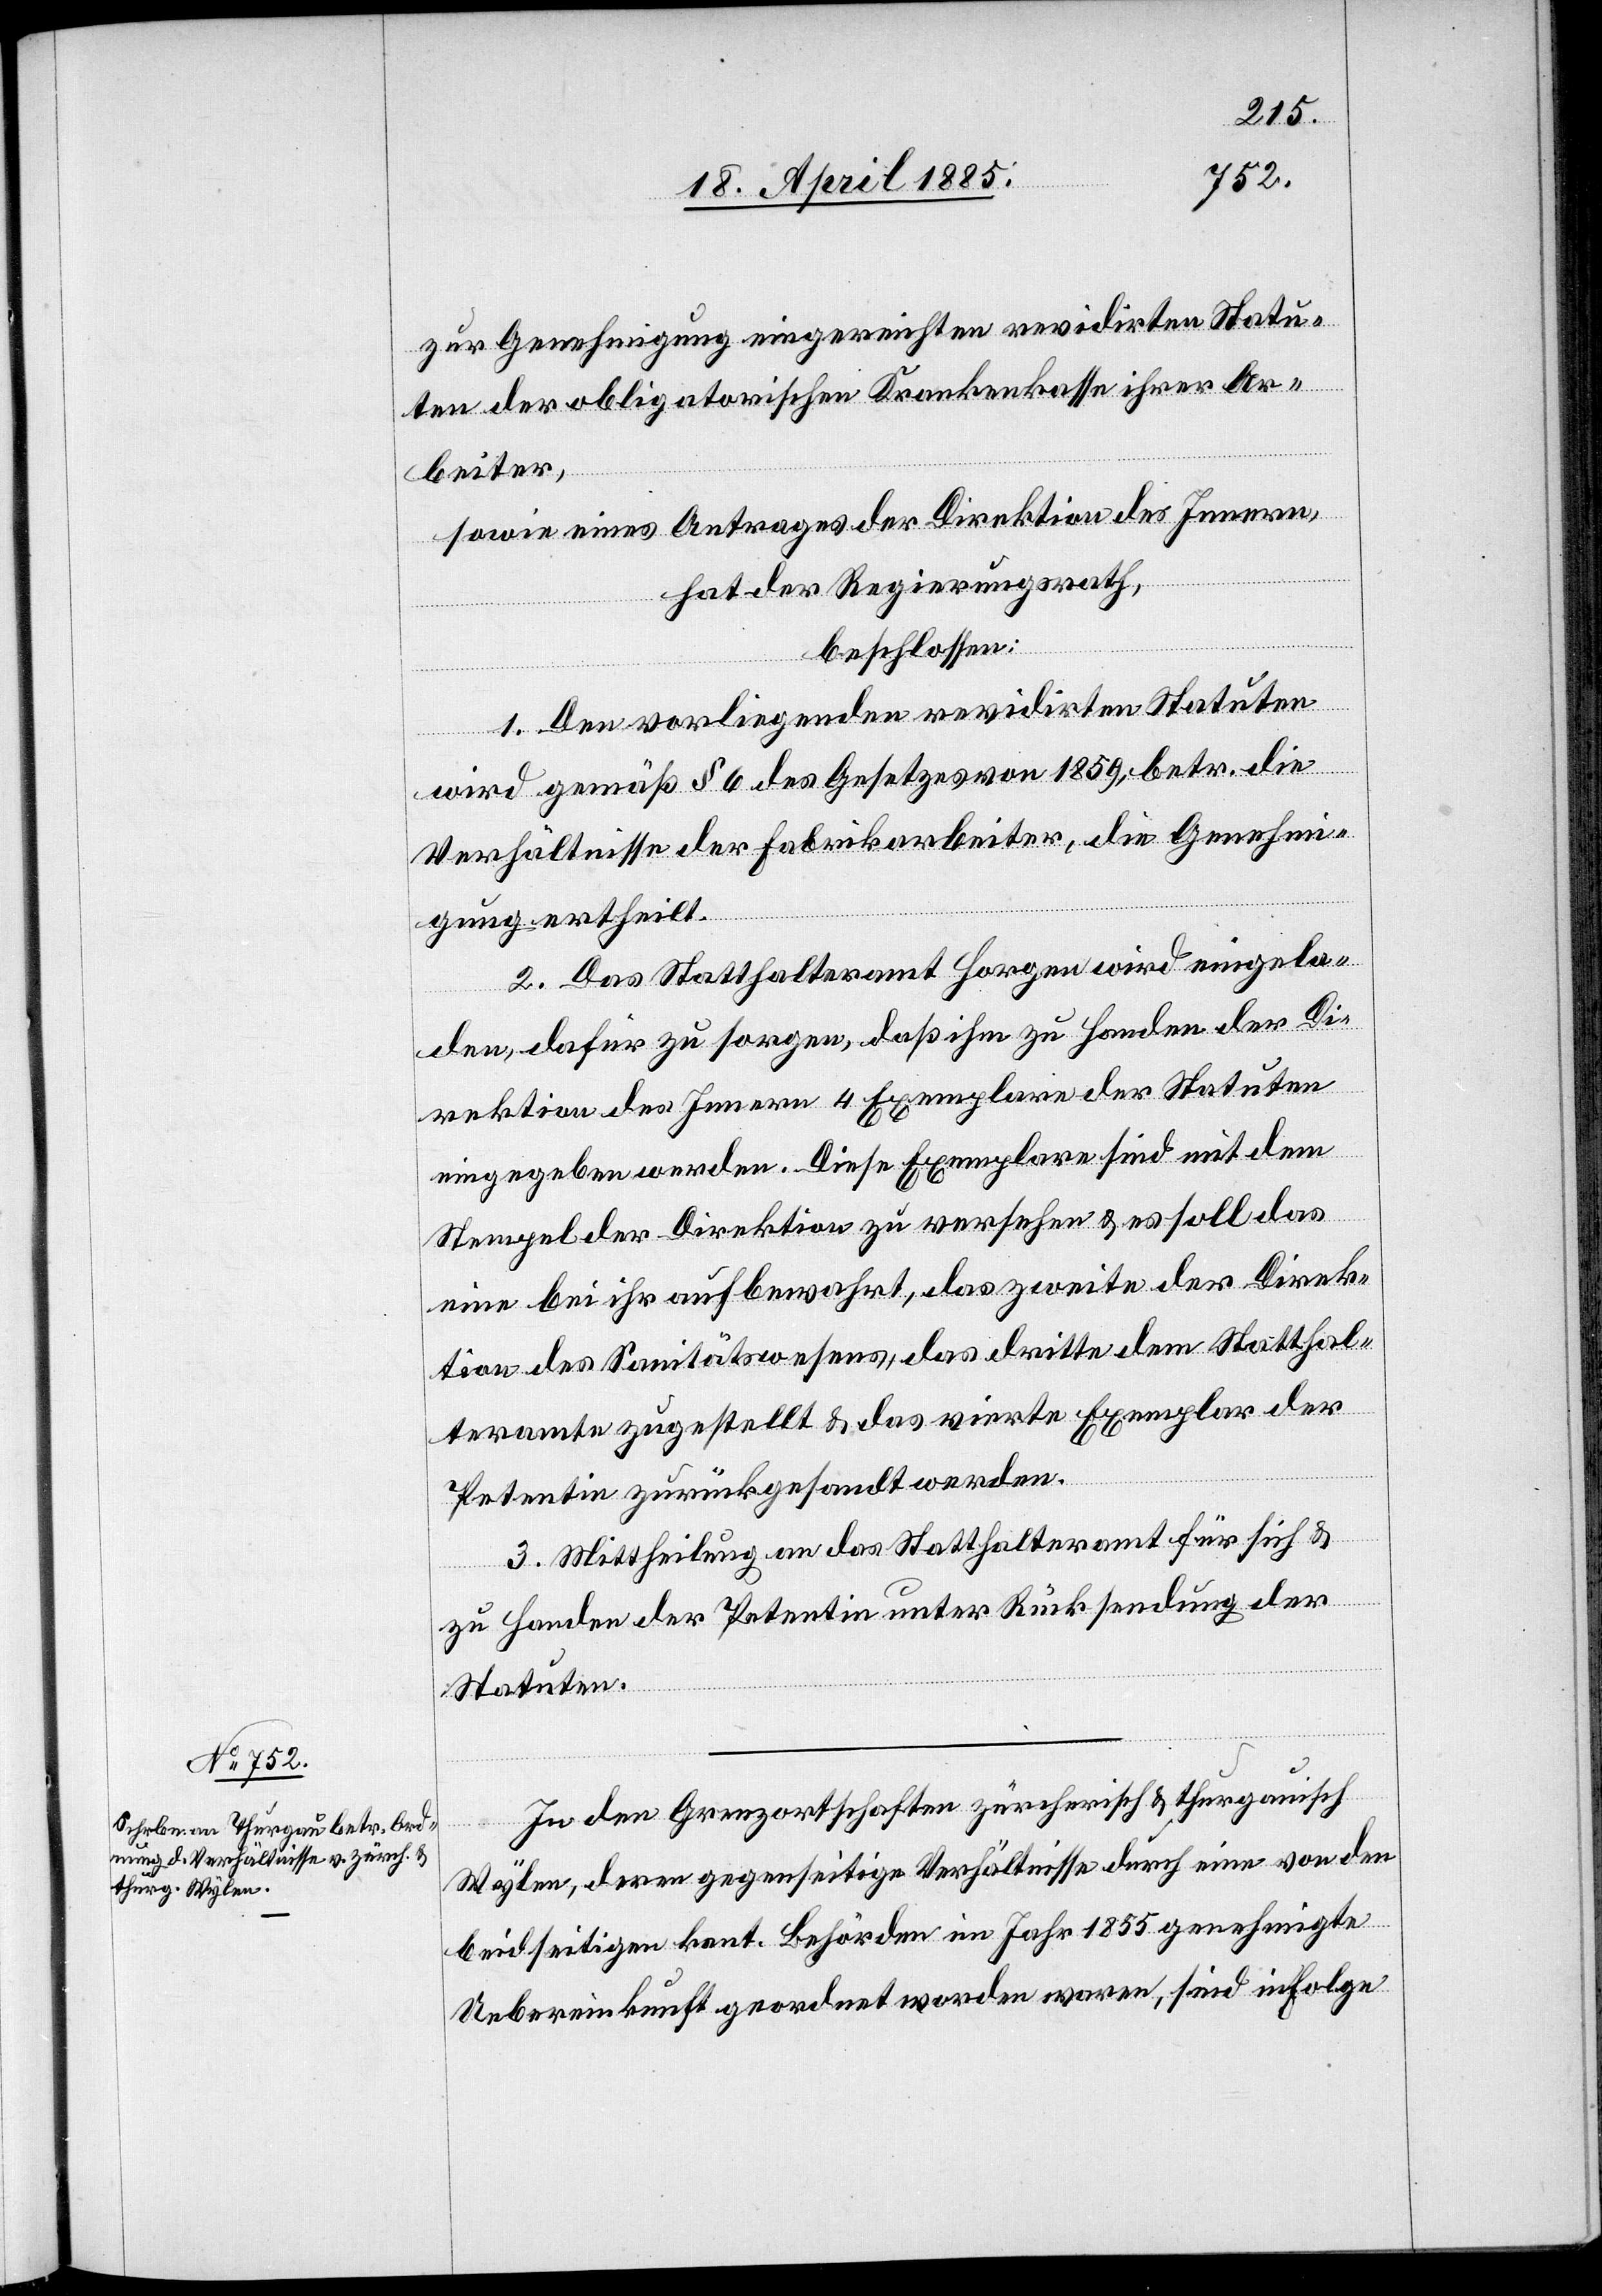
zur Genehmigung eingereichten revidirten Stau¬
ten der obligatorischen Krankenkasse ihrer Ar¬
beiter,
sowie eines Antrages der Direktion des Innern,
hat der Regierungsrath,
beschlossen:
1. Den vorliegenden revidirten Stauten
wird gemäß § 6 des Gesetzes von 1859 betr. die
Verhältnisse der Fabrikarbeiter, die Genehmi¬
gung ertheilt.
2. Das Statthalteramt Horgen wird eingela¬
den, dafür zu sorgen, daß ihm zu Handen der Di¬
rektion des Innern 4 Exemplare der Statuten
eingegeben werden. Diese Exemplare sind mit dem
Stempel der Direktion zu versehen & es soll das
eine bei ihr aufbewahrt, das zweite der Direk¬
tion des Sanitätswesens, das dritte dem Statthal¬
teramte zugestellt & das vierte Exemplar der
Petentin zurückgesandt werden.
3. Mittheilung an das Statthalteramt für sich &
zu Handen der Petentin unter Rücksendung der
Statuten.
In den Grenzortschaften zürcherisch & thurgauisch
Wylen, deren gegenseitige Verhältnisse durch eine von den
beidseitigen kant. Behörden im Jahr 1855 genehmigte
Uebereinkunft geordnet worden waren, sind in Folge